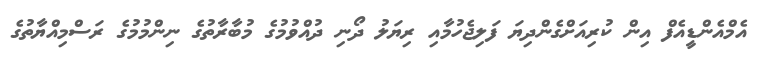
އެމްއެންޑީއެފް އިން ކުރިއަށްގެންދިޔަ ފަލިޖެހުމާއި ރިޔަލު ދޯނި ދުއްވުމުގެ މުބާރާތުގެ ނިންމުމުގެ ރަސްމިއްޔާތުގެ